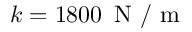
k = 1 8 0 0 \, \mathrm { ~ N ~ } / \mathrm { ~ m ~ }